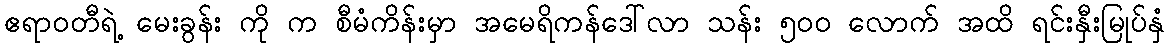
ဧရာဝတီရဲ့ မေးခွန်း ကို က စီမံကိန်းမှာ အမေရိကန်ဒေါ်လာ သန်း ၅၀ဝ လောက် အထိ ရင်းနှီးမြုပ်နှံ